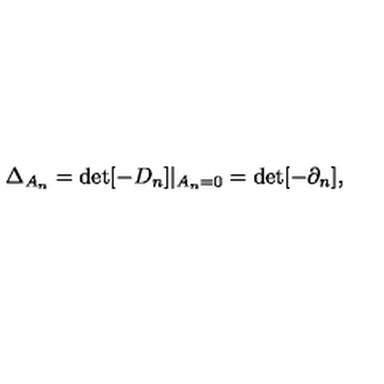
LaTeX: \Delta _ { A _ { n } } = \det [ - D _ { n } ] | _ { A _ { n } = 0 } = \det [ - \partial _ { n } ] ,